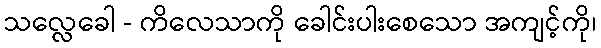
သလ္လေခေါ - ကိလေသာကို ခေါင်းပါးစေသော အကျင့်ကို၊